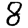
Digit: 8